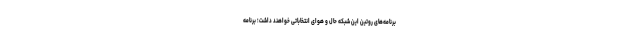
برنامه‌های روتین این شبکه حال و هوای انتخاباتی خواهند داشت؛ برنامه